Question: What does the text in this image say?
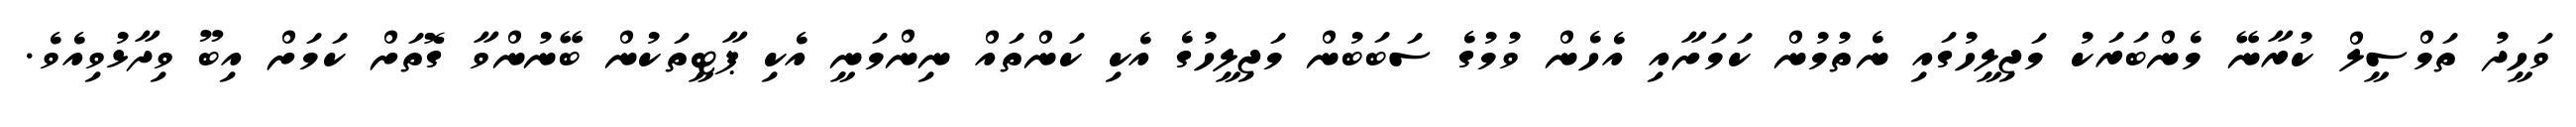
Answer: ވަހީދު ތަމްސީލް ކުރާނޭ މެންބަރަކު މަޖިލީހުގައި ނެތުމުން ކަމަށާއި އެހެން ވުމުގެ ސަބަބުން މަޖިލީހުގެ އެކި ކަންތައް ނިންމަނީ އެކި ޕާޓީތަކުން ބޭނުންވާ ގޮތަށް ކަމަށް އިބޫ ވިދާޅުވިއެވެ.